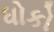
ધોકો